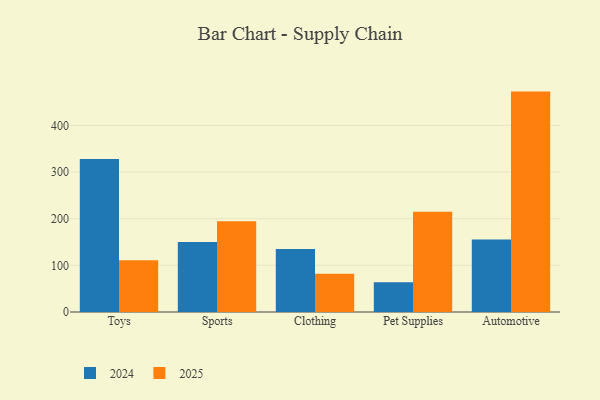
{"axis": {"x": "Category", "y": "Latency (ms)"}, "legend": ["2024", "2025"], "data": [{"x": "Toys", "y": 327.8, "type": "2024"}, {"x": "Toys", "y": 111.1, "type": "2025"}, {"x": "Sports", "y": 150.0, "type": "2024"}, {"x": "Sports", "y": 194.7, "type": "2025"}, {"x": "Clothing", "y": 135.1, "type": "2024"}, {"x": "Clothing", "y": 82.1, "type": "2025"}, {"x": "Pet Supplies", "y": 63.6, "type": "2024"}, {"x": "Pet Supplies", "y": 214.7, "type": "2025"}, {"x": "Automotive", "y": 155.6, "type": "2024"}, {"x": "Automotive", "y": 472.4, "type": "2025"}]}